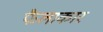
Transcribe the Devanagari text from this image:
फैलाकार